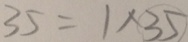
3 5 = 1 \times 3 5